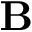
\mathbf { B }